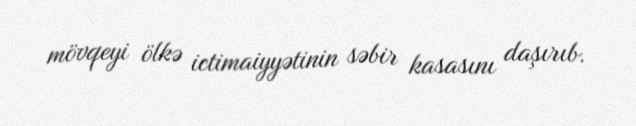
mövqeyi ölkə ictimaiyyətinin səbir kasasını daşırıb.